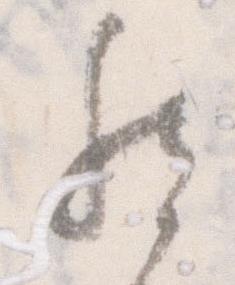
然